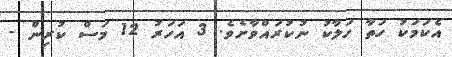
އެކަމަކު ހަތާ ހަލާކު ނުކުރައްވާށެވެ. 3 އަހަރު 12 މަސް ކުރިން -